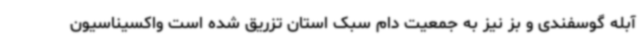
آبله گوسفندی و بز نیز به جمعیت دام سبک استان تزریق شده است واکسیناسیون